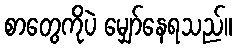
စာတွေကိုပဲ မျှော်နေရသည်။